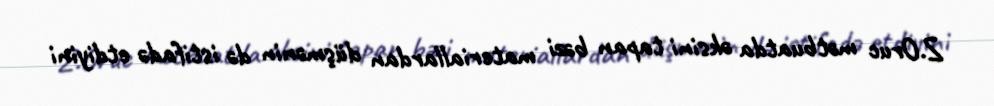
Z.Oruc mətbuatda əksini tapan bəzi materiallardan düşmənin də istifadə etdiyini